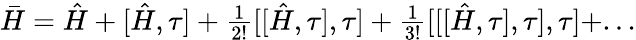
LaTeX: \begin{array}{r}{\bar{H}=\hat{H}+[\hat{H},\tau]+\frac{1}{2!}[[\hat{H},\tau],\tau]+\frac{1}{3!}[[[\hat{H},\tau],\tau],\tau]+...}\end{array}